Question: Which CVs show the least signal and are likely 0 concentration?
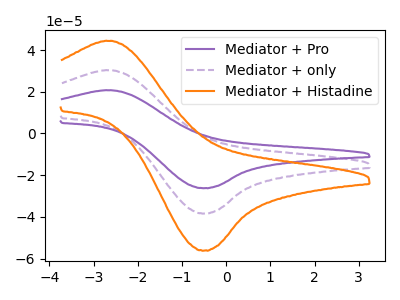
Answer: <think>The purple curve "Mediator + Pro" has an anodic peak at (-2.65V, 60.60uA) and a cathodic peak at (-0.50V, -76.70uA). The purple dashed curve "Mediator + only" has an anodic peak at (-2.65V, 30.30uA) and a cathodic peak at (-0.50V, -38.35uA). The orange curve "Mediator + Histadine" has an anodic peak at (-2.65V, 44.35uA) and a cathodic peak at (-0.50V, -56.10uA).</think>
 <answer>There are not any CV's on this graph that are likely to be blanks.</answer>
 <eval>none</eval>